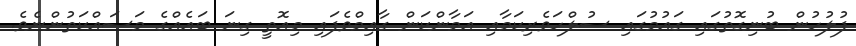
ފުލުހުން ބުނިގޮތުގައި ގައުމުގައި ސުލްހަވެރިކަމާއި އަމާންކަން ގާއިމްވެފައި މިއޮތީ ގިނަ ބައެއްގެ މަސައްކަތުންނެވެ.